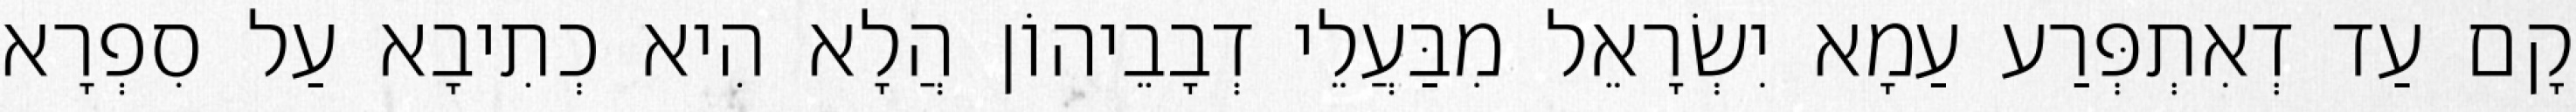
קָם עַד דְאִתְפְּרַע עַמָא יִשְׂרָאֵל מִבַּעֲלֵי דְבָבֵיהוֹן הֲלָא הִיא כְתִיבָא עַל סִפְרָא